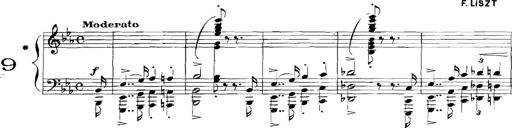
Title: Rhapsodies hongroises
Composer: Franz Liszt